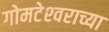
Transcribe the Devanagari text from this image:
गोमटेश्‍वराच्या